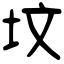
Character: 坟